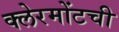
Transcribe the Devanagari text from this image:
क्लेरमोंटची